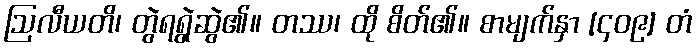
ဩလီယတိ၊ တွဲရရွဲဆွဲ၏။ တဿ၊ ထို စိတ်၏။ စာမျက်နှာ [၄၀၉] တံ